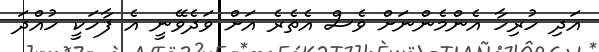
އަދި ހުރިހާ އެންމެންނަށް ވެސް އެތެރެ އަށް ވަދެވޭނީ އެ ފާހަކީ ހުއްދަ